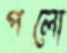
পলো